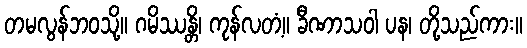
တမလွန်ဘဝသို့။ ဂမိဿန္တိ၊ ကုန်လတံ့။ ခီဏာသဝါ ပန၊ တို့သည်ကား။